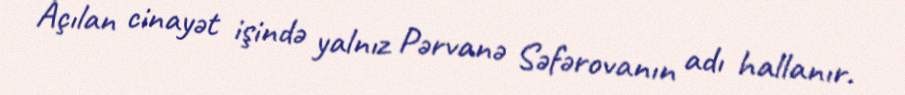
Açılan cinayət işində yalnız Pərvanə Səfərovanın adı hallanır.